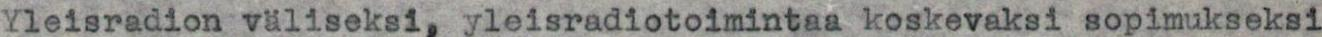
Yleisradion väliseksi, yleisradiotoimintaa koskevaksi sopimukseksi